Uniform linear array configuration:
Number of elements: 48
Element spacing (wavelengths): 0.25
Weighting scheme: kaiser
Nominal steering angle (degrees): -60
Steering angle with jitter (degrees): -60.349
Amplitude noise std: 0.05
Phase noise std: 0.05

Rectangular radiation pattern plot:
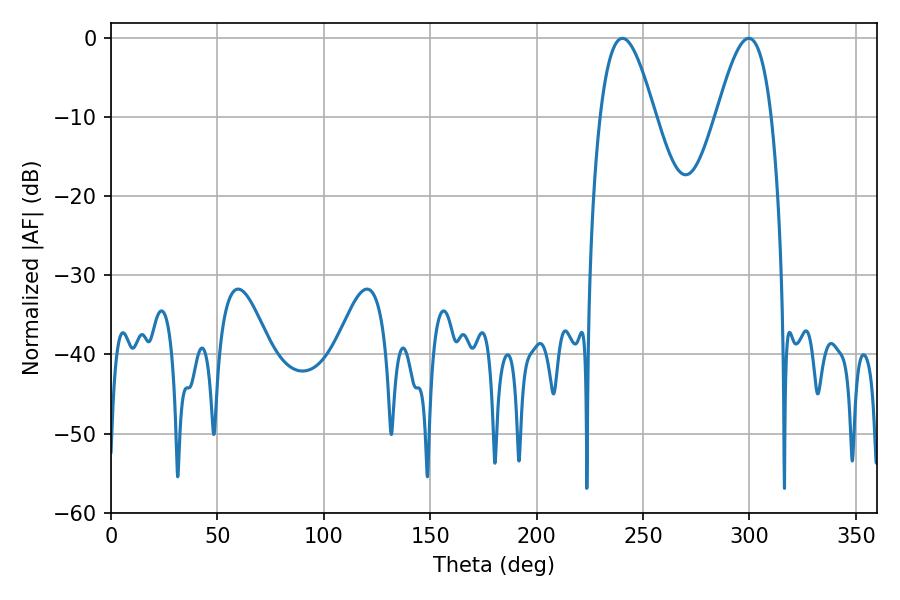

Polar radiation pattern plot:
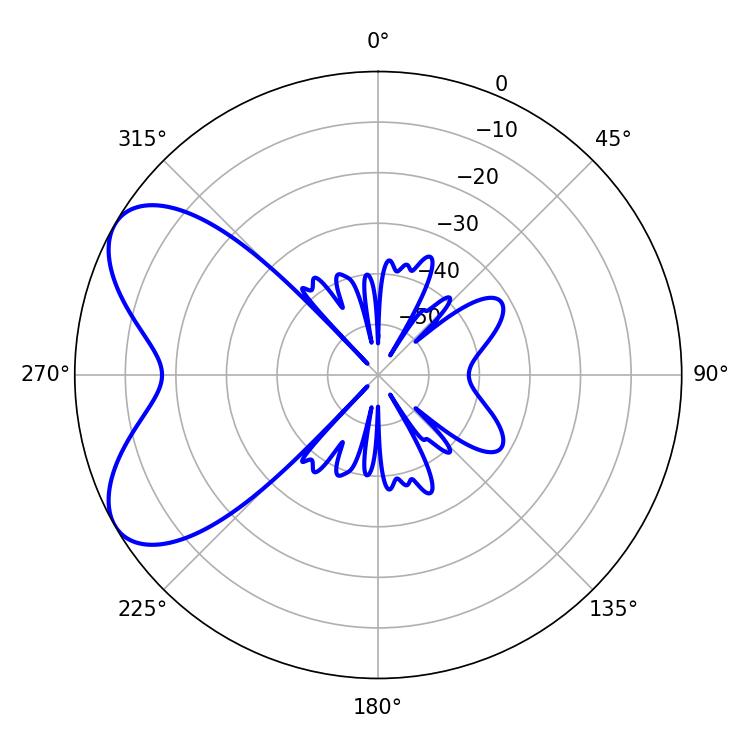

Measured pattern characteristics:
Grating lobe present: FALSE
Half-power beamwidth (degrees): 13.86
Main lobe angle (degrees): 240.3